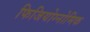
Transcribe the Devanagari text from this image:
फिजियोग्नोमिक